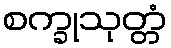
စက္ခုသုတ္တံ